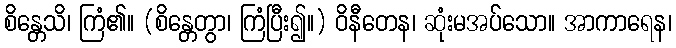
စိန္တေသိ၊ ကြံ၏။ (စိန္တေတွာ၊ ကြံပြီး၍။) ဝိနီတေန၊ ဆုံးမအပ်သော။ အာကာရေန၊